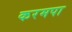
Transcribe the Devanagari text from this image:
करमपा